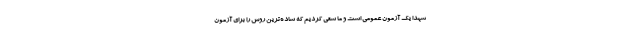
شهدا یک آزمون عمومی است و ما سعی کردیم که ساده‌ترین روش را برای آزمون